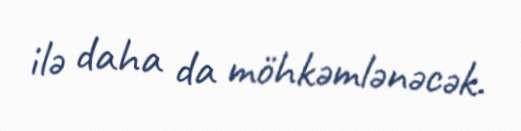
ilə daha da möhkəmlənəcək.